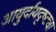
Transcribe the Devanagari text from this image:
आयुर्दायदृष्ट्या